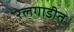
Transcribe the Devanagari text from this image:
रेलगाडीत